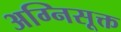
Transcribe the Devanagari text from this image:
अग्निसूक्त